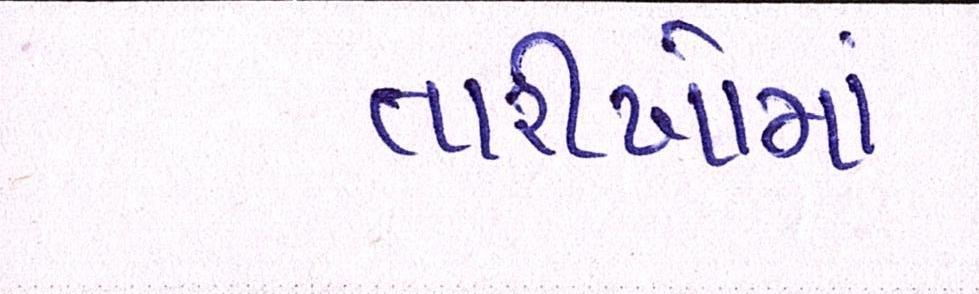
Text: તારીખોમાં